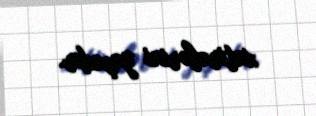
xatirələrini yaşadır.